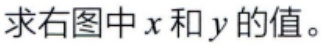
求右图中\(x\)和\(y\)的值。